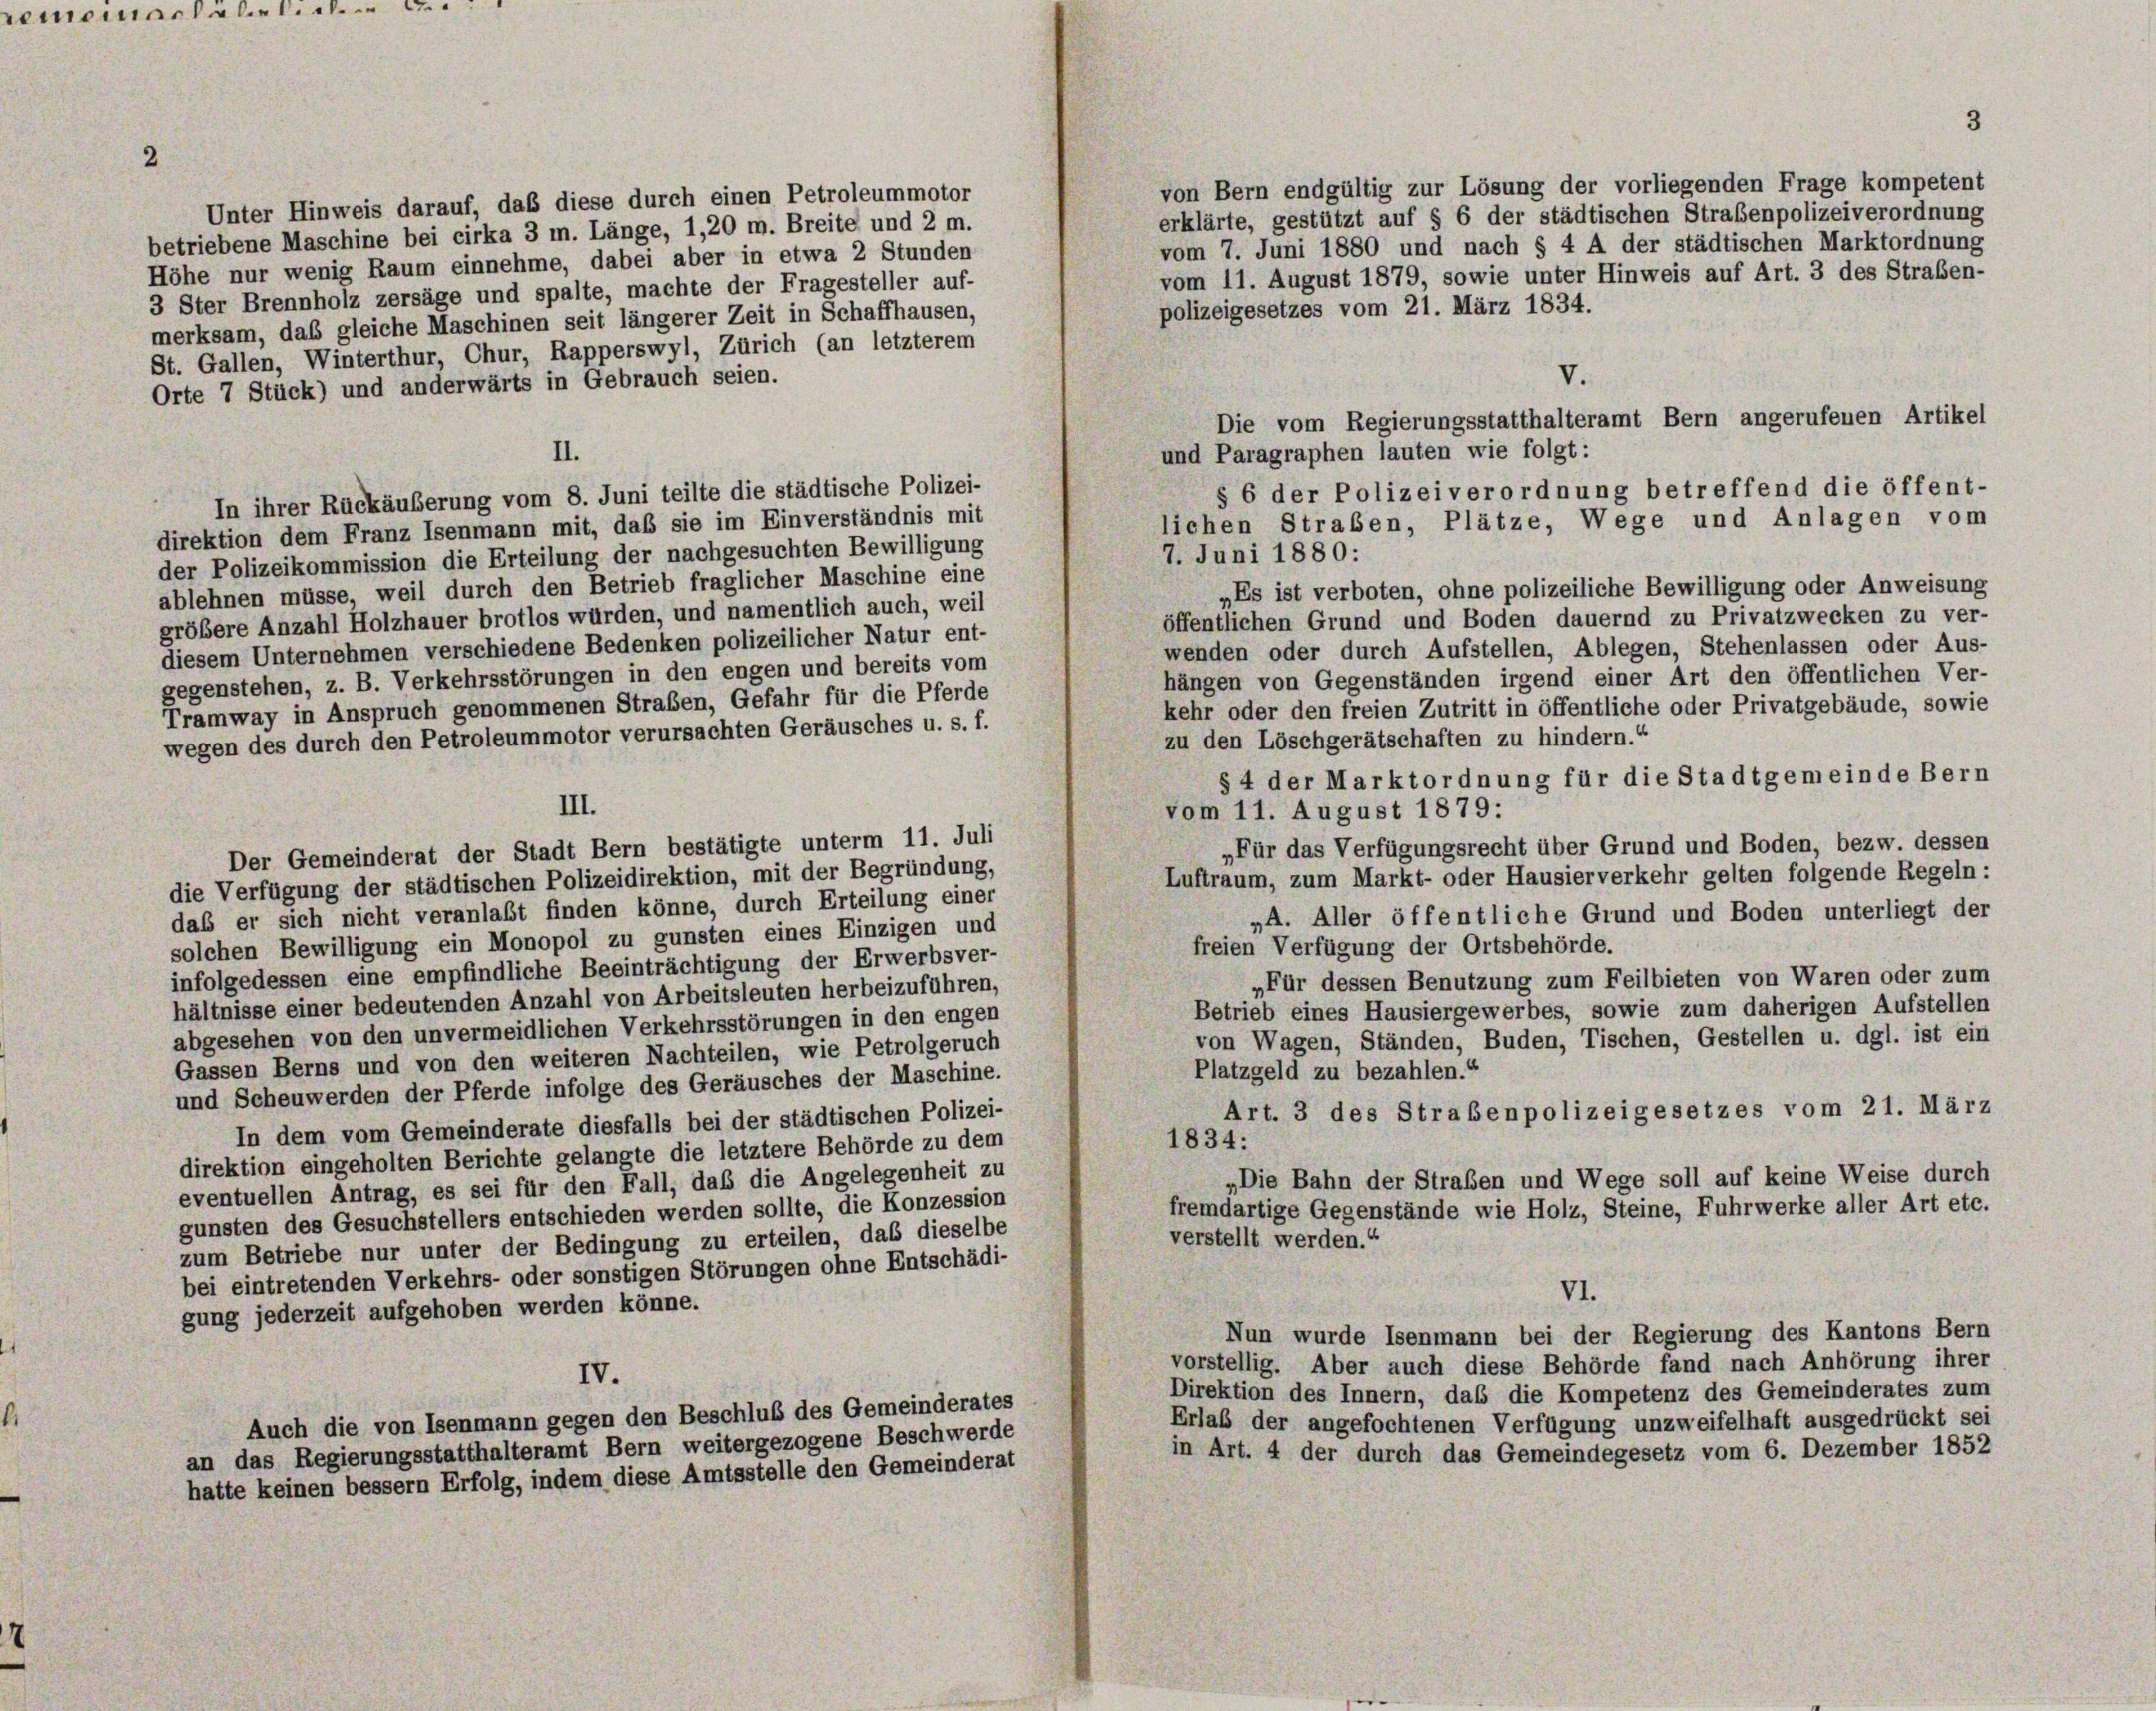
emomentalien.

2

von Bern endgültig zur Lösung der vorliegenden Frage kompetent
Unter Hinweis darauf, daß diese durch einen Petroleummotor
erklärte, gestützt auf § 6 der städtischen Straßenpolizeiverordnung
betriebene Maschine bei cirka 3 m. Länge, 1,20 m. Breite und 2 m.
vom 7. Juni 1880 und nach § 4 A der städtischen Marktordnung
Höhe nur wenig Raum einnehme, dabei aber in etwa 2 Stunden
vom 11. August 1879, sowie unter Hinweis auf Art. 3 des Straßen-
3 Ster Brennholz zersäge und spalte, machte der Fragesteller auf-
polizeigesetzes vom 21. März 1834.
merksam, das gleiche Maschinen seit längerer Zeit in Schaffhausen,
St. Gallen, Winterthur, Chur, Rapperswyl, Zürich (an letzterem
V.
Orte 7 Stück) und anderwärts in Gebrauch seien.
Die vom Regierungsstatthalteramt Bern angerufenen Artikel
und Paragraphen lauten wie folgt:
II.
§ 6 der Polizeiverordnung betreffend die öffent-
In ihrer Rückäußerung vom 8. Juni teilte die städtische Polizei-
lichen Straben, Plätze, Wege und Anlagen vom
direktion dem Franz Isenmann mit, daß sie im Einverständnis mit
7. Juni 1880:
der Polizeikommission die Erteilung der nachgesuchten Bewilligung
ablehnen müsse, weil durch den Betrieb fraglicher Maschine eine
„Es ist verboten, ohne polizeiliche Bewilligung oder Anweisung
größere Anzahl Holzhauer brotlos würden, und namentlich auch, weil
öffentlichen Grund und Boden dauernd zu Privatzwecken zu ver-
diesem Unternehmen verschiedene Bedenken polizeilicher Natur ent-
wenden oder durch Aufstellen, Ablegen, Stehenlassen oder Aus-
gegenstehen, z. B. Verkehrsstörungen in den engen und bereits vom
hängen von Gegenständen irgend einer Art den öffentlichen Ver-
Tramway in Anspruch genommenen Straßen, Gefahr für die Pferde
kehr oder den freien Zutritt in öffentliche oder Privatgebäude, sowie
wegen des durch den Petroleummotor verursachten Geräusches u. s. f.
zu den Löschgerätschaften zu hindern.“
§ 4 der Marktordnung für die Stadtgemeinde Bern
III.
vom 11. August 1879:
„Für das Verfügungsrecht über Grund und Boden, bezw. dessen
Der Gemeinderat der Stadt Bern bestätigte unterm 11. Juli
Luftraum, zum Markt- oder Hausier verkehr gelten folgende Regeln:
die Verfügung der städtischen Polizeidirektion, mit der Begründung,
das er sich nicht veranlaßt finden könne, durch Erteilung einer
„A. Aller öffentliche Grund und Boden unterliegt der
solchen Bewilligung ein Monopol zu gunsten eines Einzigen und
freien Verfügung der Ortsbehörde.
infolgedessen eine empfindliche Beeinträchtigung der Erwerbsver-
„Für dessen Benutzung zum Feilbieten von Waren oder zum
hältnisse einer bedeutenden Anzahl von Arbeitsleuten herbeizuführen,
Betrieb eines Hausiergewerbes, sowie zum daherigen Aufstellen
abgesehen von den unvermeidlichen Verkehrsstörungen in den engen
von Wagen, Ständen, Buden, Tischen, Gestellen u. dgl. ist ein
Gassen Berns und von den weiteren Nachteilen, wie Petrolgeruch
Platzgeld zu bezahlen.“
und Scheuwerden der Pferde infolge des Geräusches der Maschine.
Art. 3 des Strabenpolizeigesetzes vom 21. März
In dem vom Gemeinderate diesfalls bei der städtischen Polizei-
1834:
direktion eingeholten Berichte gelangte die letztere Behörde zu dem
„Die Bahn der Straben und Wege soll auf keine Weise durch
eventuellen Antrag, es sei für den Fall, das die Angelegenheit zu
fremdartige Gegenstände wie Holz, Steine, Fuhrwerke aller Art etc.
gunsten des Gesuchstellers entschieden werden sollte, die Konzession
verstellt werden.“
zum Betriebe nur unter der Bedingung zu erteilen, daß dieselbe
bei eintretenden Verkehrs- oder sonstigen Störungen ohne Entschädi-
VI.
gung jederzeit aufgehoben werden könne.
Nun wurde Isenmann bei der Regierung des Kantons Bern
vorstellig. Aber auch diese Behörde fand nach Anhörung ihrer
IV.
Direktion des Innern, das die Kompetenz des Gemeinderates zum
Auch die von Isenmann gegen den Beschluß des Gemeinderates
Erlaß der angefochtenen Verfügung unzweifelhaft ausgedrückt sei
an das Regierungsstatthalteramt Bern weitergezogene Beschwerde
in Art. 4 der durch das Gemeindegesetz vom 6. Dezember 1852
hatte keinen bessern Erfolg, indem diese Amtsstelle den Gemeinderat

3